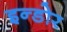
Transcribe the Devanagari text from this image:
इन्‍डोर